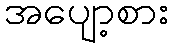
အပျော့စား